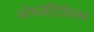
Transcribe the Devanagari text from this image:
ऑब्जेटिविज़्म